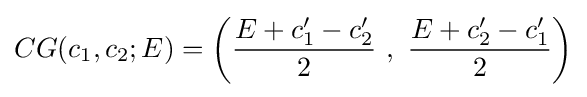
CG(c_{1},c_{2};E)=\left({\frac {E+c_{1}'-c_{2}'}{2}}~,~{\frac {E+c_{2}'-c_{1}'}{2}}\right)